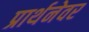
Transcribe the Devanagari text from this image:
प्रार्थनेवर